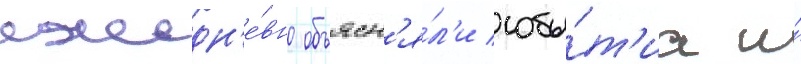
ежедн'е́вно объясн'я́л'и собы́т'иа и́